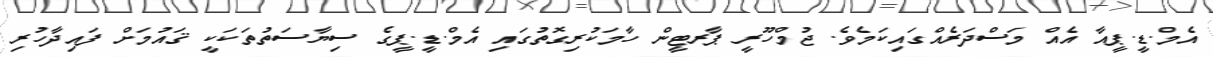
އެމް.ޑީ.ޕީއާ އެއް މަސްދަރެއްގައިކަމެވެ. ޖުމްހޫރީ ޕާރޓީން ހާމަކުރިގޮތުގައި އެމް.ޑީ.ޕީގެ ސިޔާސަތުތަކަކީ ޤައުމަށް ފައިދާހުރި